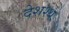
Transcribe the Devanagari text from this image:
देशश्थ